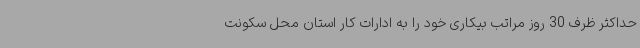
حداکثر ظرف 30 روز مراتب بیکاری خود را به ادارات کار استان محل سکونت